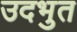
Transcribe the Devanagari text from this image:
उदभुत